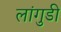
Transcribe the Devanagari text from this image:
लांगुडी